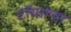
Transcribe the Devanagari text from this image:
टाॅगाण्डा